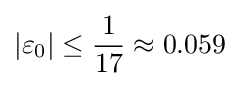
\vert \varepsilon _{0}\vert \leq {1 \over 17}\approx 0.059